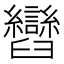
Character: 𦦽